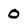
Character: 0